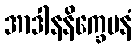
အာဒါနနိက္ခေပနံ